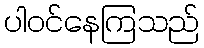
ပါဝင်နေကြသည်